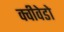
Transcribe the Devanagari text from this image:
क्वीवेडो